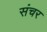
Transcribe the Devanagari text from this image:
संचर